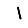
Digit: 1